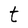
Character: t